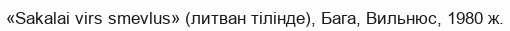
«Sakalai virs smevlus» (литван тілінде), Бага, Вильнюс, 1980 ж.